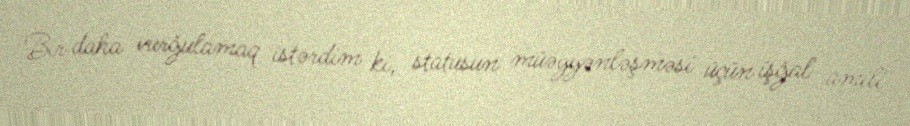
Bir daha vurğulamaq istərdim ki, statusun müəyyənləşməsi üçün işğal amili